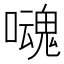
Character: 𡂃